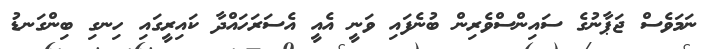
ނަމަވެސް ޖަޕާނުގެ ސައިންސްވެރިން ބުނެފައި ވަނީ އެއީ އެސަރަހައްދާ ކައިރީގައި ހިނގި ބިންގަނޑު